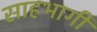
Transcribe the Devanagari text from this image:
साहभागी